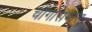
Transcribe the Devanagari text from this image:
चौगोरामास